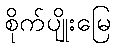
စိုက်ပျိုးမြေ